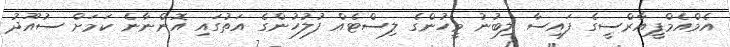
އެމްއެމްޕީއާރްސީގެ ފައިސާ ލިބުނު މީހުންގެ ލިސްޓެއް ފުލުހުންގެ އަތުގައި އޮންނާނެ ކަމަށް ސުއޫދު